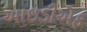
આઇડીએફ